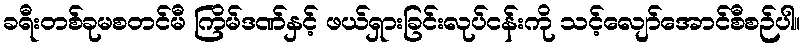
ခရီးတစ်ခုမစတင်မီ ကြိမ်ဒဏ်နှင့် ဖယ်ရှားခြင်းလုပ်ငန်းကို သင့်လျော်အောင်စီစဉ်ပါ။